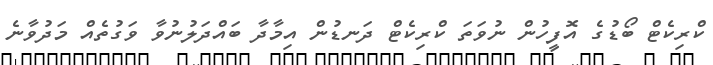
ކްރިކެޓް ބޯޑުގެ އޮފީހުން ނުވަތަ ކްރިކެޓް ދަނޑުން އިމާދާ ބައްދަލުނުވާ ވަގުތެއް މަދުވާނެ